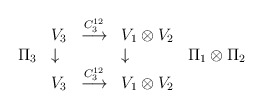
\begin{align*}\begin{array}{llcll} & V_3 & \stackrel{C^{12}_3}{\longrightarrow} & V_1\otimes V_2& \\ \Pi _3 & \downarrow & & \downarrow & \Pi _1 \otimes \Pi_2 \\ & V_3 & \stackrel{C^{12}_3}{\longrightarrow} & V_1\otimes V_2& \end{array}\end{align*}